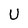
Character: U